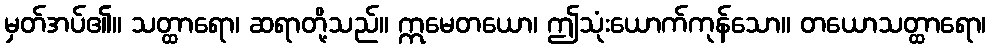
မှတ်အပ်၏။ သတ္ထာရော၊ ဆရာတို့သည်။ ဣမေတယော၊ ဤသုံးယောက်ကုန်သော။ တယောသတ္ထာရော၊